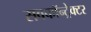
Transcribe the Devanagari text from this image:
सबकॉन्ट्रेक्टर